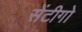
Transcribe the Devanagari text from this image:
सेंटीगो